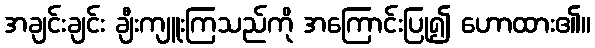
အချင်းချင်း ချီးကျူးကြသည်ကို အကြောင်းပြု၍ ဟောထား၏။